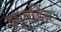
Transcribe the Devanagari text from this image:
ड्यूनडिन